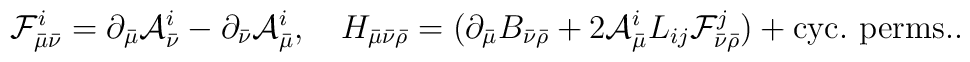
{\cal F}^i_{\bar{\mu}\bar{\nu}}=\partial_{\bar{\mu}}{\cal A}^i_{\bar{\nu}}-\partial_{\bar{\nu}}{\cal A}^i_{\bar{\mu}}, \ \ \ H_{\bar{\mu}\bar{\nu}\bar{\rho}}=(\partial_{\bar{\mu}}B_{\bar{\nu}\bar{\rho}}+2{\cal A}^i_{\bar{\mu}}L_{ij}{\cal F}^j_{\bar{\nu}\bar{\rho}}) + {\rm cyc.\ perms.}.